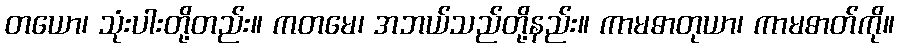
တယော၊ သုံးပါးတို့တည်း။ ကတမေ၊ အဘယ်သည်တို့နည်း။ ကာမဓာတုယာ၊ ကာမဓာတ်ကို။